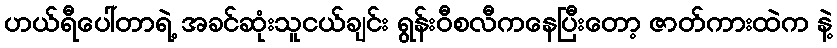
ဟယ်ရီပေါ်တာရဲ့ အခင်ဆုံးသူငယ်ချင်း ရွန်းဝီစလီကနေပြီးတော့ ဇာတ်ကားထဲက နဲ့